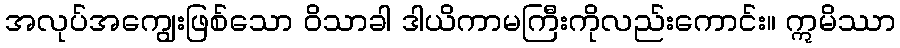
အလုပ်အကျွေးဖြစ်သော ဝိသာခါ ဒါယိကာမကြီးကိုလည်းကောင်း။ ဣမိဿာ